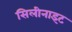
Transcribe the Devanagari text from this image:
सिलीनाइट